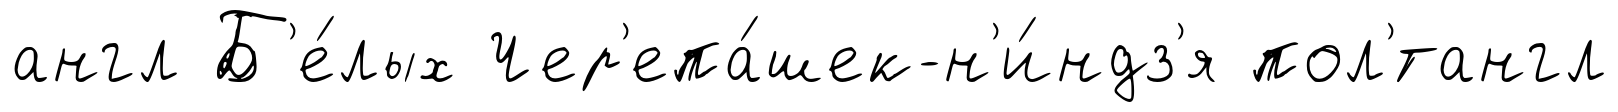
англ Б'е́лых Чер'епа́шек-н'и́ндз'я пол'́тангл